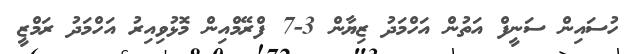
ހުސައިން ސަނީފް އަތުން އަހްމަދު ޒިޔާން 3-7 ފްރޭމްއިން މޮޅުވިއިރު އަހްމަދު ރަމްޒީ